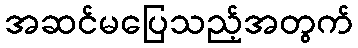
အဆင်မပြေသည့်အတွက်